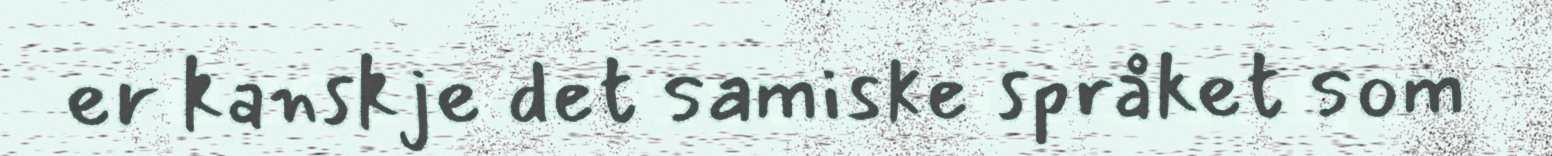
er kanskje det samiske språket som